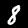
Digit: 8